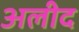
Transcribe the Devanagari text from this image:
अलीद